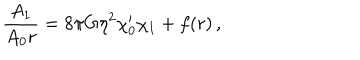
{ \frac { A _ { 1 } } { A _ { 0 } r } } = 8 \pi G \eta ^ { 2 } \chi _ { 0 } ^ { \prime } \chi _ { 1 } + f ( r ) \, ,